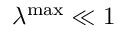
\lambda ^ { \operatorname* { m a x } } \ll 1